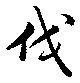
伐